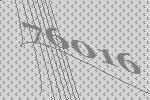
76016